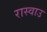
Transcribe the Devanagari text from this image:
रास्वाउ